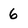
Character: 6